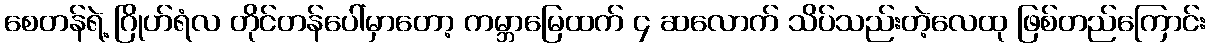
စေတန်ရဲ့ ဂြိုဟ်ရံလ တိုင်တန်ပေါ်မှာတော့ ကမ္ဘာမြေထက် ၄ ဆလောက် သိပ်သည်းတဲ့လေထု ဖြစ်တည်ကြောင်း